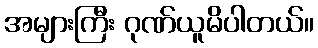
အများကြီး ဂုဏ်ယူမိပါတယ်။